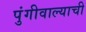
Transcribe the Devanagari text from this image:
पुंगीवाल्याची